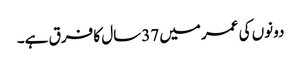
دونوں کی عمرمیں 37سال کا فرق ہے۔